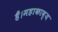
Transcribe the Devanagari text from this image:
हैं।महाकाव्य